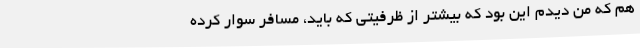
هم که من دیدم این بود که بیشتر از ظرفیتی که باید، مسافر سوار کرده